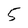
Character: 5